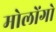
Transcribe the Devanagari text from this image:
मोलोंगो